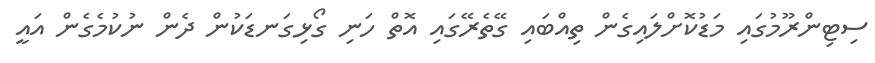
ސިޓިންރޫމުގައި މަޑުކޮށްލައިގެން ތިއްބައި ގޭތެރޭގައި އޮތް ހަނި ގޯޅިގަނޑަކުން ދެން ނުކުމެގެން އައީ